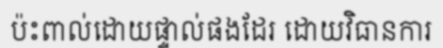
ប៉ះពាល់ដោយផ្ទាល់ផងដែរ ដោយវិធានការ